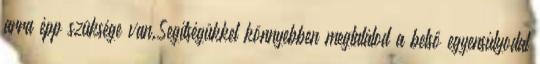
arra épp szüksége van.Segítségükkel könnyebben megtalálod a belső egyensúlyodat